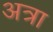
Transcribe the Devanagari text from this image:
अत्रा